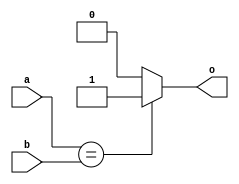
module comparator32(input [31:0] a, b, output reg o);
	always@ (*) o = a == b ? 1 : 0;
endmodule